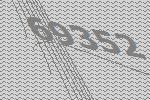
69352